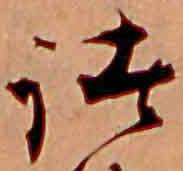
諸